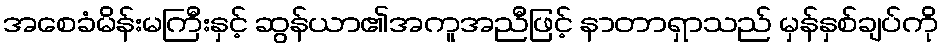
အစေခံမိန်းမကြီးနှင့် ဆွန်ယာ၏အကူအညီဖြင့် နာတာရှာသည် မှန်နှစ်ချပ်ကို